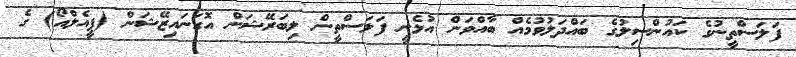
ފަަލަސްތީނުގެ ކައުންސިލުގެ ބައްދަލުވުމެއް ބާއްވަން އުޅެނީ ފަލަސްތީން ލިބަރޭޝަން އޮގަނައިޒޭޝަން (ޕީއެލްއޯ) ގެ